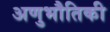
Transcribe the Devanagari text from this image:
अणुभौतिकी